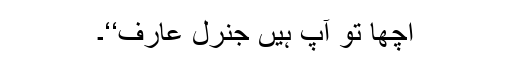
اچھا تو آپ ہیں جنرل عارف‘‘۔